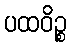
ပထဝိဉ္စ